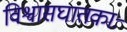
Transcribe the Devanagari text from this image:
विश्वासघातकाः